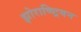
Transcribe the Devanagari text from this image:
झोराष्ष्ट्रियन